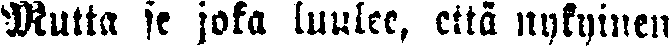
Mutta se joka luulee, että nykyinen